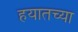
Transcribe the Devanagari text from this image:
हयातच्या